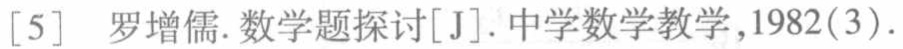
[5] 罗增儒. 数学题探讨[J]. 中学数学教学,1982(3).